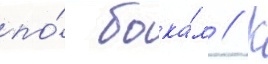
по́ бока́м // К